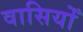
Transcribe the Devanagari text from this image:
वासियोँ